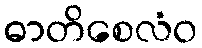
ဓာတိစေလံဝ